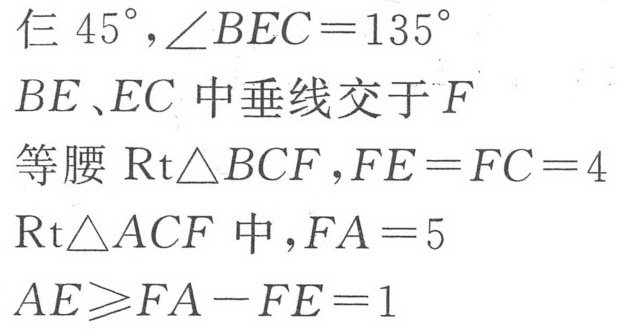
\(\text{仨 }45^{\circ},\angle BEC = 135^{\circ}\)
\(BE、EC\text{ 中垂线交于 }F\)
\(\text{等腰 }\mathrm{Rt}\triangle BCF,FE = FC = 4\)
\(\mathrm{Rt}\triangle ACF\text{ 中},FA = 5\)
\(AE\geqslant FA - FE = 1\)